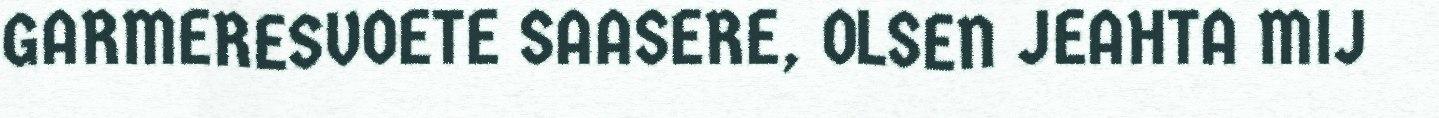
GARMERESVOETE SAASERE, OLSEN JEAHTA MIJ